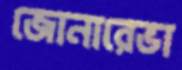
জোনারেভা